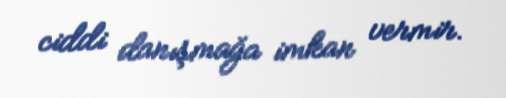
ciddi danışmağa imkan vermir.